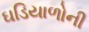
ઘડિયાળોની